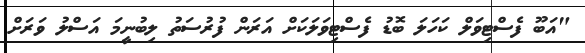
"އަބޫ ފެސްޓިވަލް ކަހަލަ ބޮޑު ފެސްޓިވަލަކަށް އަރަން ފުރުސަތު ލިބުނީމަ އަސްލު ވަރަށް